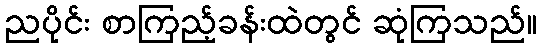
ညပိုင်း စာကြည့်ခန်းထဲတွင် ဆုံကြသည်။